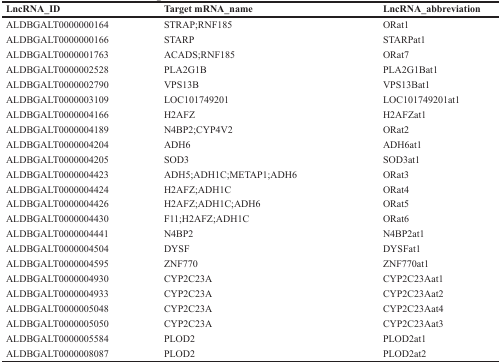
| LncRNA_ID | Target mRNA_name | LncRNA_abbreviation |
 | --- | --- | --- |
 | ALDBGALT0000000164 | STRAP;RNF185 | ORat1 |
 | ALDBGALT0000000166 | STARP | STARPat1 |
 | ALDBGALT0000001763 | ACADS;RNF185 | ORat7 |
 | ALDBGALT0000002528 | PLA2G1B | PLA2G1Bat1 |
 | ALDBGALT0000002790 | VPS13B | VPS13Bat1 |
 | ALDBGALT0000003109 | LOC101749201 | LOC101749201at1 |
 | ALDBGALT0000004166 | H2AFZ | H2AFZat1 |
 | ALDBGALT0000004189 | N4BP2;CYP4V2 | ORat2 |
 | ALDBGALT0000004204 | ADH6 | ADH6at1 |
 | ALDBGALT0000004205 | SOD3 | SOD3at1 |
 | ALDBGALT0000004423 | ADH5;ADH1C;METAP1;ADH6 | ORat3 |
 | ALDBGALT0000004424 | H2AFZ;ADH1C | ORat4 |
 | ALDBGALT0000004426 | H2AFZ;ADH1C;ADH6 | ORat5 |
 | ALDBGALT0000004430 | F11;H2AFZ;ADH1C | ORat6 |
 | ALDBGALT0000004441 | N4BP2 | N4BP2at1 |
 | ALDBGALT0000004504 | DYSF | DYSFat1 |
 | ALDBGALT0000004595 | ZNF770 | ZNF770at1 |
 | ALDBGALT0000004930 | CYP2C23A | CYP2C23Aat1 |
 | ALDBGALT0000004933 | CYP2C23A | CYP2C23Aat2 |
 | ALDBGALT0000005048 | CYP2C23A | CYP2C23Aat4 |
 | ALDBGALT0000005050 | CYP2C23A | CYP2C23Aat3 |
 | ALDBGALT0000005584 | PLOD2 | PLOD2at1 |
 | ALDBGALT0000008087 | PLOD2 | PLOD2at2 |